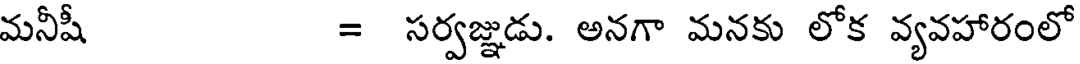
మనీషీ = సర్వజ్ఞుడు. అనగా మనకు లోక వ్యవహారంలో